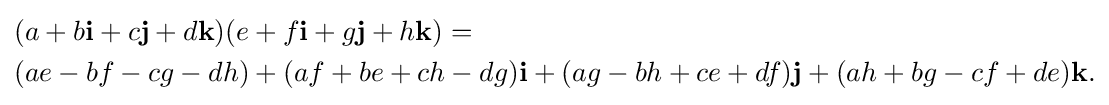
{\begin{aligned}&(a+b\mathbf {i} +c\mathbf {j} +d\mathbf {k} )(e+f\mathbf {i} +g\mathbf {j} +h\mathbf {k} )=\\&(ae-bf-cg-dh)+(af+be+ch-dg)\mathbf {i} +(ag-bh+ce+df)\mathbf {j} +(ah+bg-cf+de)\mathbf {k} .\end{aligned}}